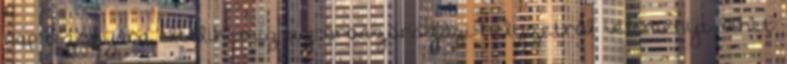
nap bizonyára eltelik, míg az oroszországi helyzetről véleményt lehet